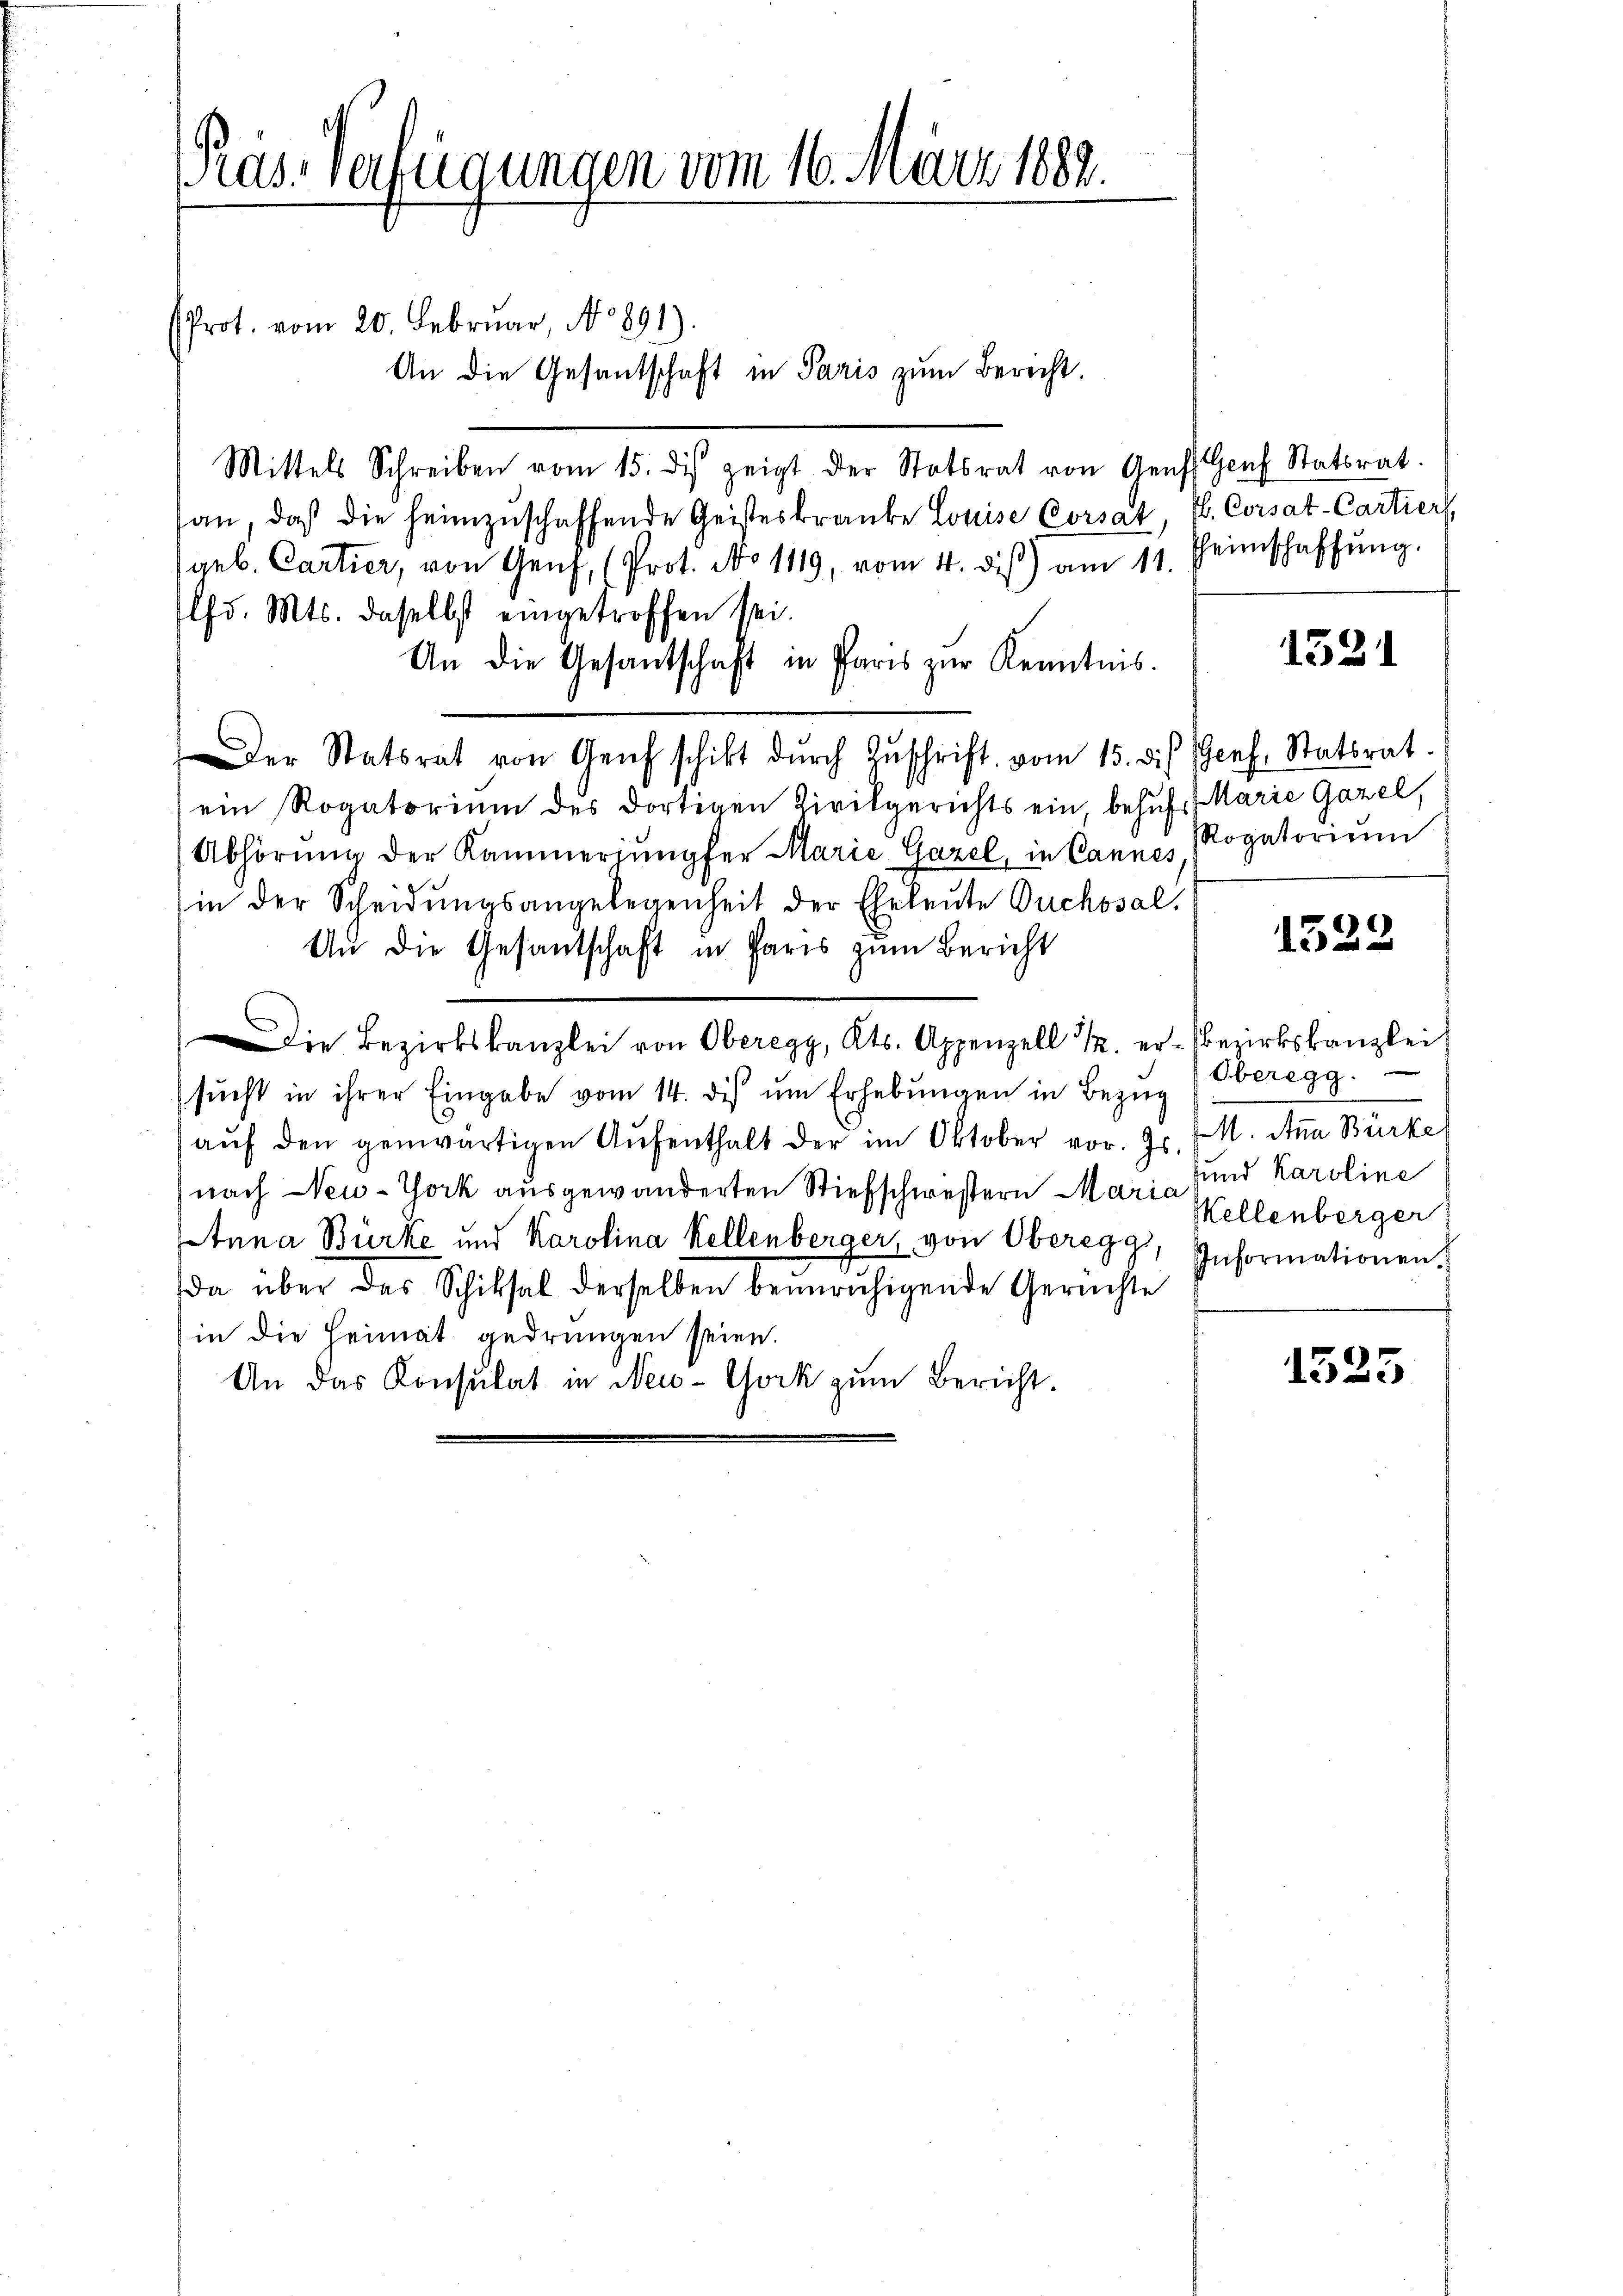
Pras. Verfügungen vom 16. März 1888.

Prot. vom 20. Februar, No 891)
An die Gesantschaft in Paris zum Berecht.
Mittels Schreiben vom 15. des zeigt der Statsrat von Genf. Genf Statsrat.
san, daß die heimzuschaffende Geisteskranke Louise Corsat, H. Corsat-Cartier,
(geb. Cartier, von Genf, (Prot. No 1119, vom 4. dis) am 11. Heinschaffŭng.
lfd. Mts. daselbst eingetroffen sei.
An die Gesantschaft in Paris zŭr Kenntnis.
ein Rogatorium des dortigen Zivilgerichts ein, behufs Marie Gazel,
Abhörŭng der Kammeringfer Marie Gazel, in Cannes Rogatoriŭm
in der Scheidŭngsangelegenheit der Eheleute Ouchosal.
1522
An die Gesantschaft in Paris zum Bericht
Die Bezirkskanzlei von Oberegg, Kts. Appenzell u. er-Bezirkskanzlei
Oberegg.
sŭcht in ihrer Eingabe vom 14. dis ŭm Erhebŭngen in Bezug
M. Atua Bürke
aŭf den genwärtigen Aŭfenthalt der im Oktober vor. Js.
und Karoline
nach New-York ausgewanderten Stiefschwestern Maria
Kellenberger
Anna Bürke und Karolina Kellenberger, von Oberegg, Informationen.
da über des Schiksal derselben beunruhigende Gerichte
in die Heimat gedrungen seien.
1525
An das Konsulat in New-York zum Bericht.

Der Statsrat von Genf schikt dŭrch Zŭschrift vom 15. des Genf. Statsrat

1521